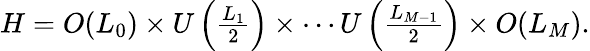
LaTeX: H=O(L_{0})\times U\left({\textstyle\frac{L_{1}}{2}}\right)\times\cdots U\left({\textstyle\frac{L_{M-1}}{2}}\right)\times O(L_{M}).